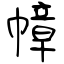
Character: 幛